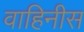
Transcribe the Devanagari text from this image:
वाहिनीस